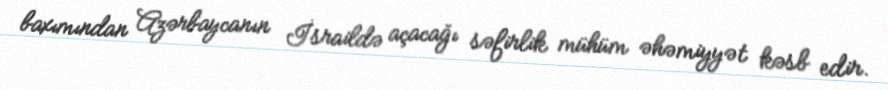
baxımından Azərbaycanın İsraildə açacağı səfirlik mühüm əhəmiyyət kəsb edir.